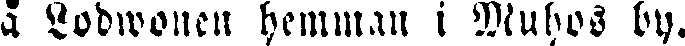
å Lodwonen hemman i Muhos by.